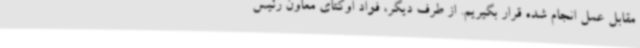
مقابل عمل انجام شده قرار بگیریم. از طرف دیگر، فواد اوکتای معاون رئیس